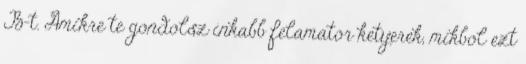
B-t. Amikre te gondolsz inkabb felamator ketyerek, mikbol ezt